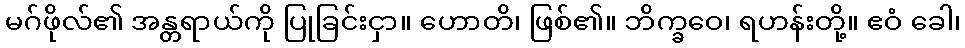
မဂ်ဖိုလ်၏ အန္တရာယ်ကို ပြုခြင်းငှာ။ ဟောတိ၊ ဖြစ်၏။ ဘိက္ခဝေ၊ ရဟန်းတို့။ ဧဝံ ခေါ၊